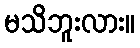
မသိဘူးလား။